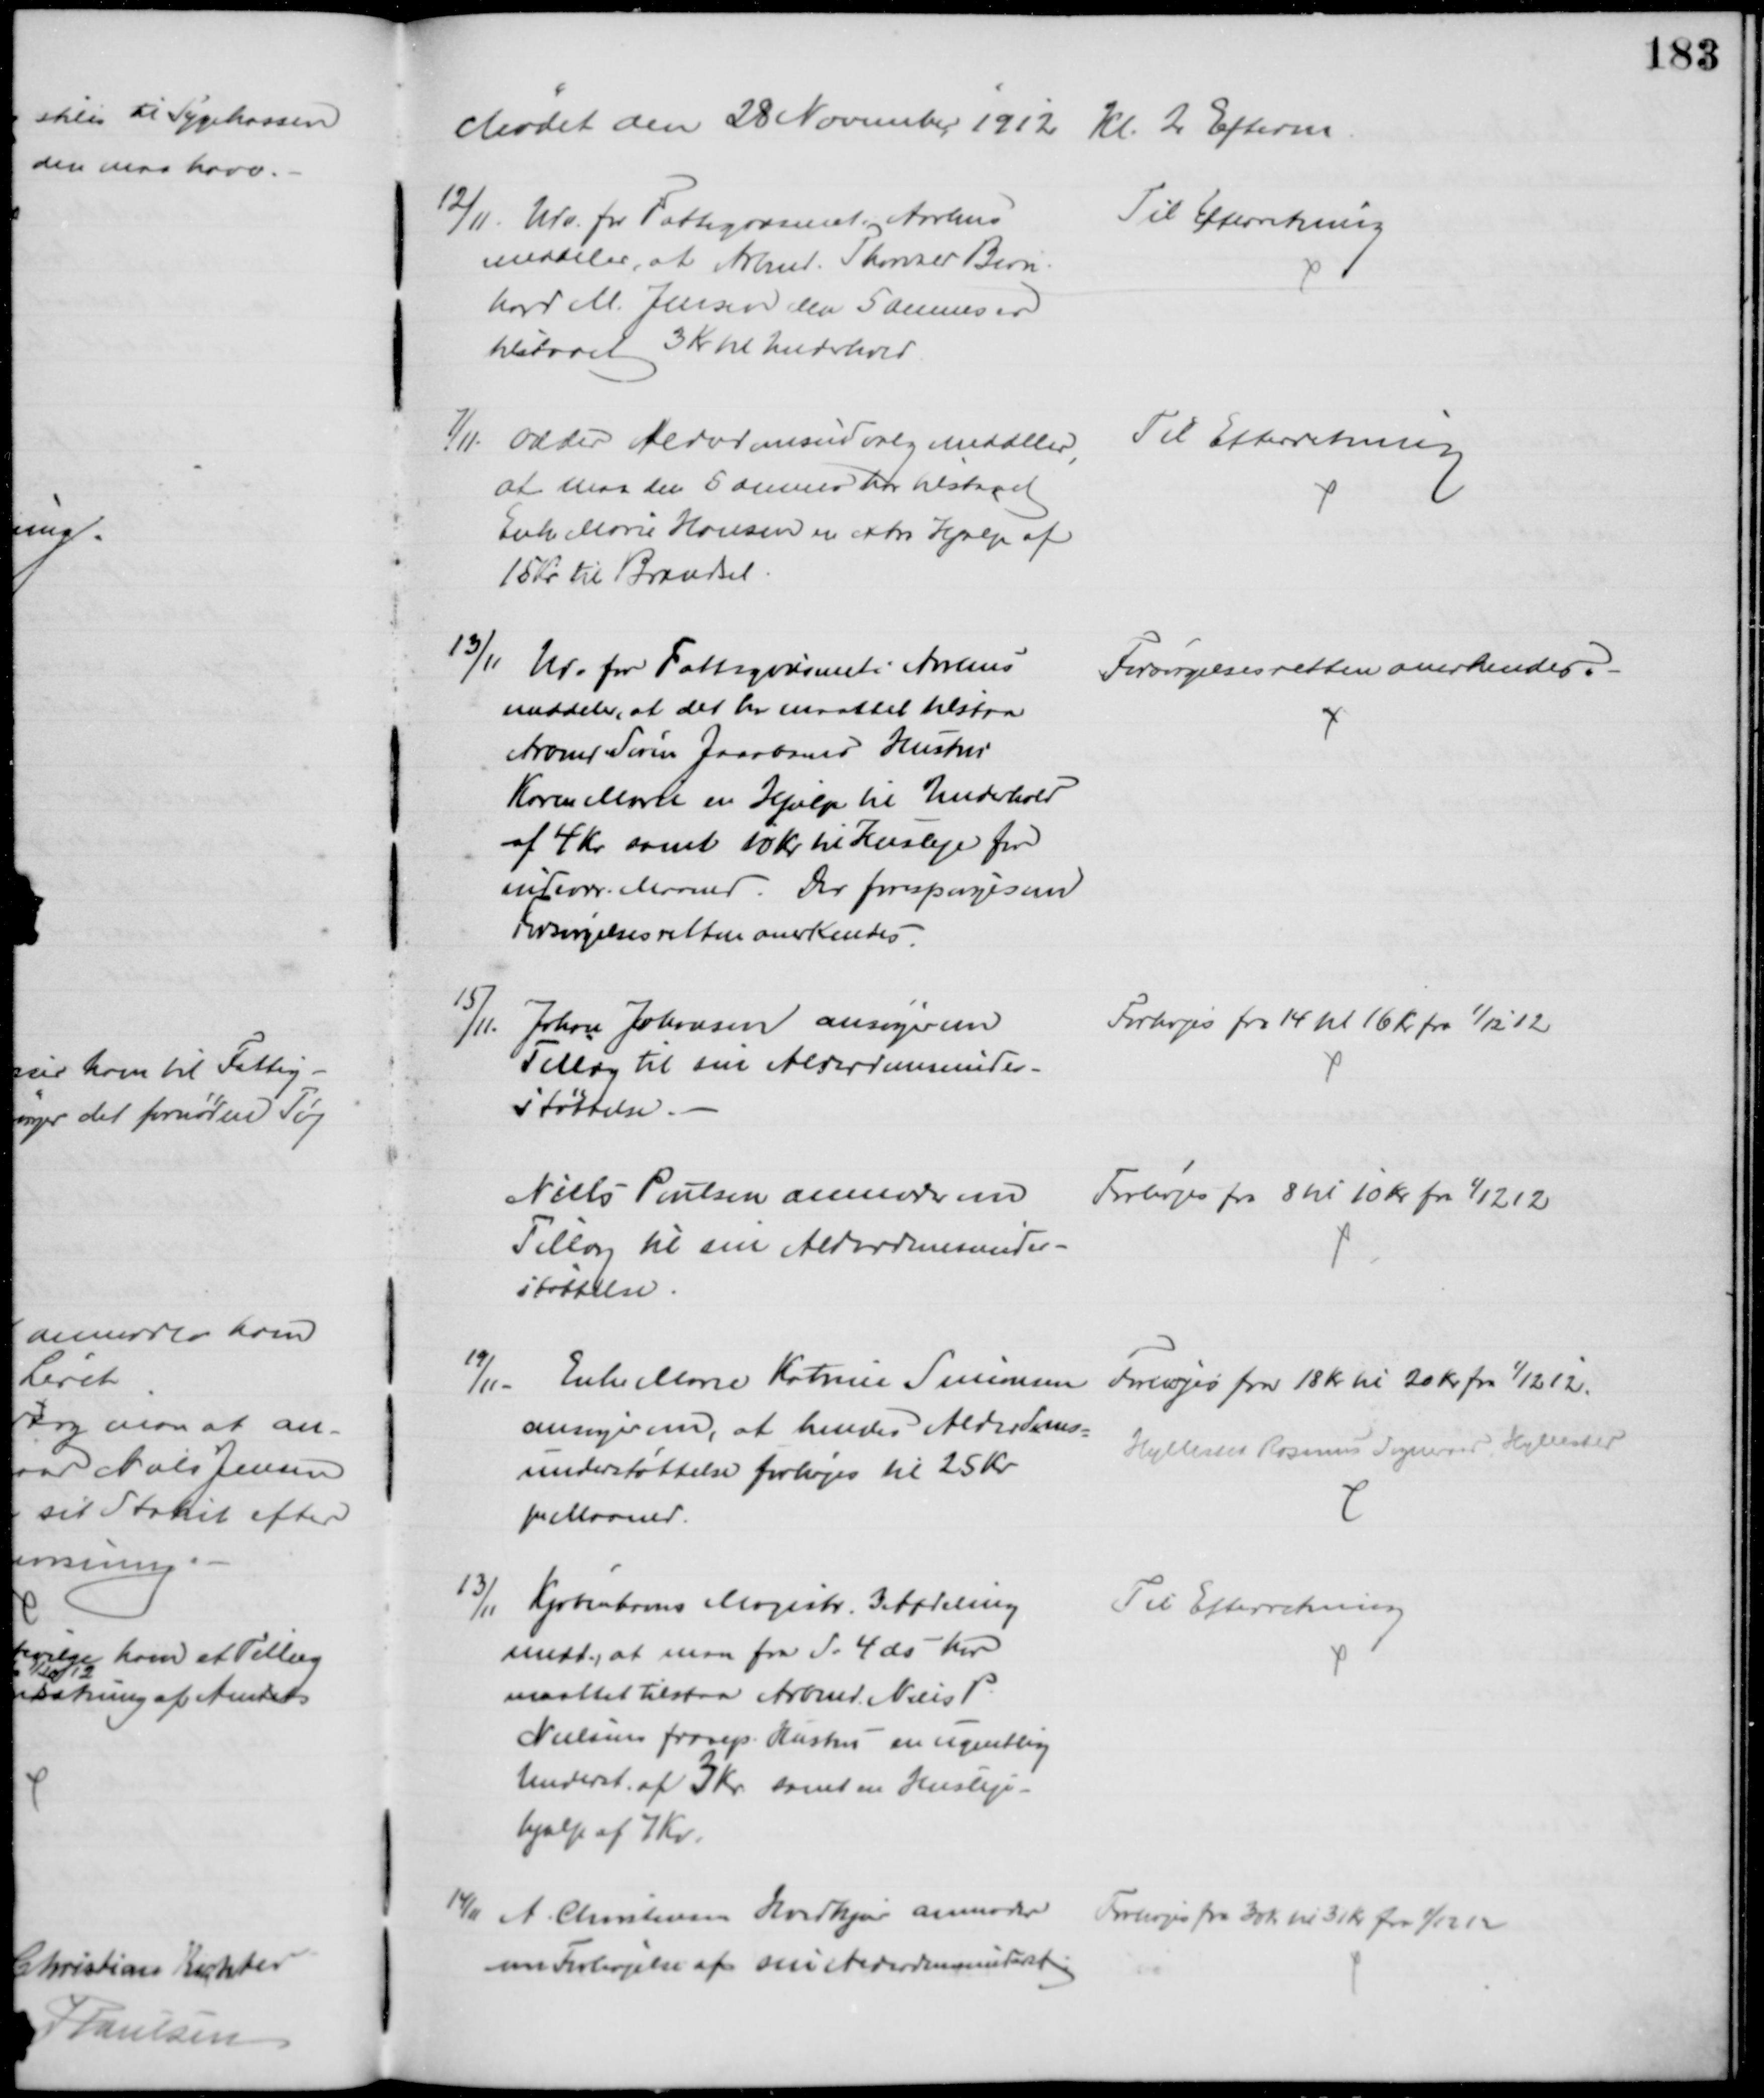
Transskription:
Mødet den 28 November 1912 Kl. 2 Efterm.
12/11. Udv. for Fattigvæsenet i Aarhus
meddeler, at Arbmd. Thorvald Bern-
hard M. Jensen den 5 dennes er
tilstaaet 3 Kr til Underhold
Til Efterretning
7/11. Odder Alderdomsudvalg meddeler,
at man den 5 dennes har tilstaaet
Enke Marie Hansen en extra Hjælp af
15 Kr til Brændsel
Til Efterretning
13/11 Udv for Fattigvæsenet i Aarhus
meddeler, at det har maattet tilstaa
Arbmd Søren Jacobsens Hustru
Karen Marie en Hjælp til Underhold
af 4 Kr samt 10 Kr til Husleje for
indevær. Maaned. Der forespørges om
Forsørgelsesretten anerkendes
Forsørgelsesretten anerkendes.
15/11. Johan Johansen ansøger om
Tillæg til sin Alderdomsunder-
støttelse.
Forhøjes fra 14 Kl 16 Kr fra 1/12 12
Niels Poulsen anmoder om
Tillæg til sin Alderdomsunder-
støttelse
Forhøjes fra 8 Kr 10 Kr fra 1/12 12
19/11
Enke Marie Katrine Simonsen
ansøger om, at hendes Alderdoms=
understøttelse forhøjes til 25 Kr
pr Maaned.
Forhøjes fra 18 Kr til 20 Kr fra 1/12 12.
Hyllested Rosmus Sogneraad, Hyllested
13/11
Kjøbenhavns Magistr. 3 Afdeling
medd, at man fra d: 4 ds har
maattet tilstaa Arbmd. Niels P
Nielsens frasep. Hustru en ugentlig
Underst. af 3 Kr samt en Husleje-
hjælp af 7 Kr.
Til Efterretning
14/11
A. Christensen Hvidkjær anmoder
om Forhøjelse af sin Alderdomsunderst:
Forhøjes fra 30 Kr til 31 kr fra 1/12 12